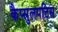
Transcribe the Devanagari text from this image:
कैप्सुलपटिस